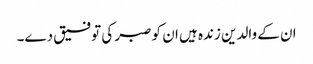
ان کے والدین زندہ ہیں ان کو صبر کی توفیق دے۔